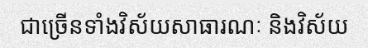
ជាច្រើនទាំងវិស័យសាធារណៈ និងវិស័យ